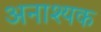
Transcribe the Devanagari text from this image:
अनाश्यक